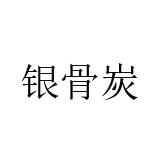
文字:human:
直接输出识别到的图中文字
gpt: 银骨炭